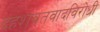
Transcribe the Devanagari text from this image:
दहशवतवादविरोधी